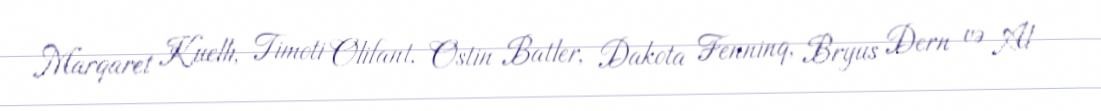
Marqaret Kuellı, Timoti Olifant, Ostin Batler, Dakota Fenninq, Bryus Dern və Al